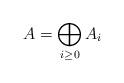
LaTeX: \begin{align*}A=\bigoplus_{i\ge 0}A_i\end{align*}